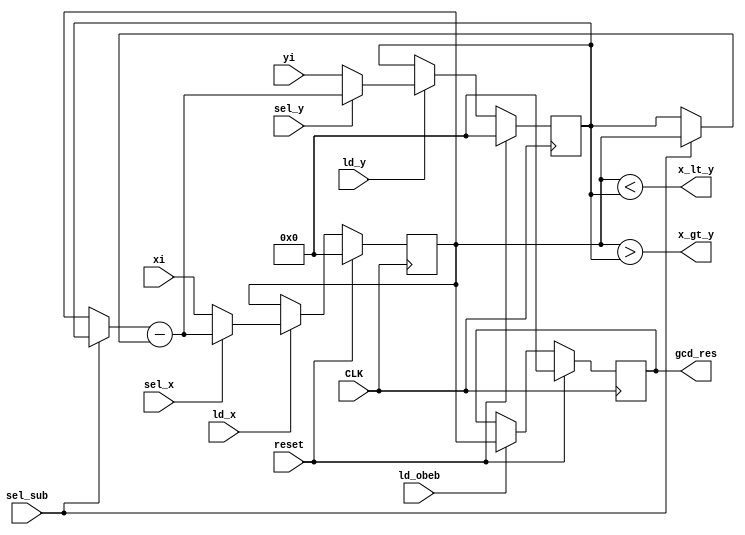
module gcd_datapath(
	input CLK,
	input [31:0] xi,
	input [31:0] yi,
	input sel_x,
	input sel_y,
	input sel_sub,
	input ld_x,
	input ld_y,
	input ld_obeb,
	input reset,
	output x_gt_y,
	output x_lt_y,
	output [31:0] gcd_res	
);

//Declare Registers
reg [31:0] x; 
reg [31:0] y;
reg [31:0] obeb;

//Declare wires
wire [31:0] w_x;
wire [31:0] w_y;
wire [31:0] w_obeb;
wire [31:0] w_subR;
wire [31:0] w_subA;
wire [31:0] w_subB;


//Define Registers
always@(posedge CLK)
	begin
	if(reset)
		begin
		x 		<= 32'd0;
		y 		<= 32'd0;
		obeb 	<= 32'd0;
		end
	else
		begin
		if(ld_x)
			x 		<= w_x;
		if(ld_y)
			y 		<= w_y;
		if(ld_obeb)
			obeb 	<= w_obeb;
		end
	end

//MUXes Dataflow Model
assign w_x 			= sel_x ? w_subR : xi;
assign w_y 			= sel_y ? w_subR : yi;
assign w_subA 		= sel_sub ? y : x;
assign w_subB 		= sel_sub ? x : y;
assign w_obeb 		= x;
assign gcd_res 	= obeb;
assign w_subR		= w_subA - w_subB;
assign x_lt_y		= (x < y);
assign x_gt_y		= (x > y);
	

endmodule



//Behavioral Model
/*always@(*)
	begin
	
	if(sel_sub)
		begin
		w_subA = y;
		w_subB = x;
		end		
	else
		begin
		w_subA = x;
		w_subB = y;
		end
		
	w_subR = w_subA - w_subB;	
	
	if(sel_x)
		w_x = w_subR;
	else
		w_x = xi;
	
	if(sel_y)
		w_y = w_subR;
	else
		w_y = yi;		
	
	
	w_obeb = x;
	end*/